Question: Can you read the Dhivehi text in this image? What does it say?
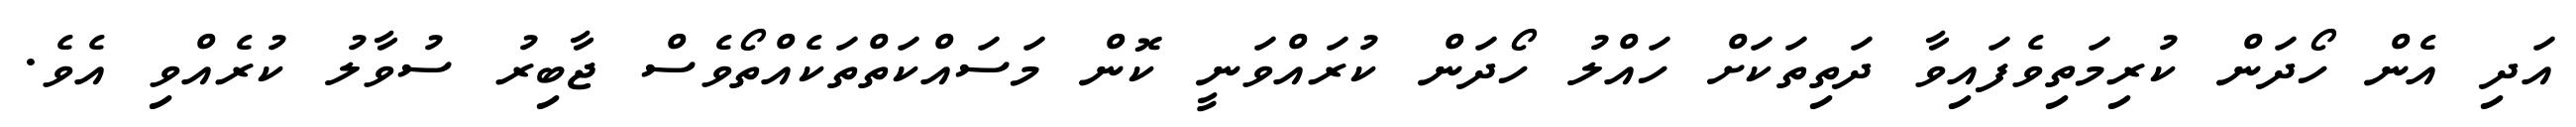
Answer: އަދި އެން ހޯދަން ކުރިމަތިވެފައިވާ ދަތިތަކަށް ހައްލު ހޯދަން ކުރައްވަނީ ކޮން މަސައްކަތްތަކެއްތޯވެސް ޖާބިރު ސުވާލު ކުރެއްވި އެވެ.